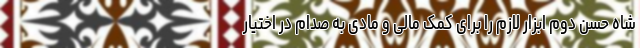
شاه حسن دوم ابزار لازم را برای کمک مالی و مادی به صدام در اختیار